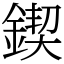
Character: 鍥